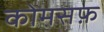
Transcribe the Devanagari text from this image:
कोमसफ़